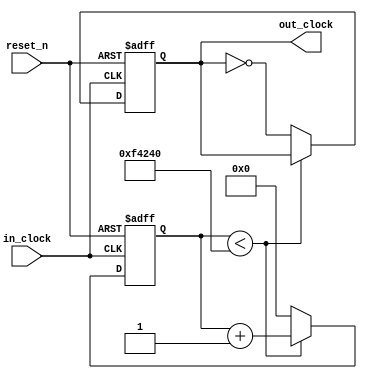
module clock_divider (in_clock, reset_n, out_clock);
input       in_clock;
input       reset_n;
output reg  out_clock;

reg [23:0]  count;

always @ (posedge in_clock, negedge reset_n) begin
    if (reset_n == 0) begin
        count <= 0;
        out_clock = 0;
    end else if (count < 1000000)
        count <= count + 1;
    else begin
        count = 0;
        out_clock = !out_clock;
    end
end
endmodule